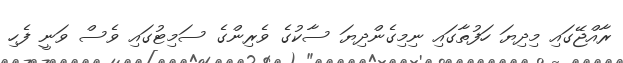
ރާއްޖޭގައި މިދިޔަ ހަފުތާގައި ނިމިގެންދިޔަ ސާކުގެ ވެރިންގެ ސަމިޓުގައި ވެސް ވަނީ ފެހި